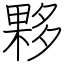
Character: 夥